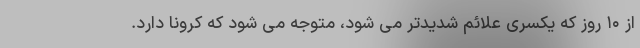
از ۱۰ روز که یکسری علائم شدیدتر می شود، متوجه می شود که کرونا دارد.